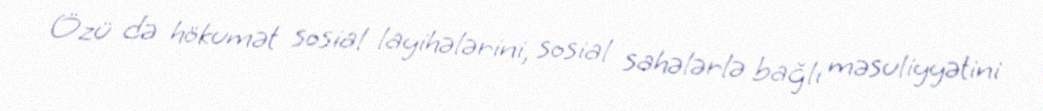
Özü də hökumət sosial layihələrini, sosial sahələrlə bağlı məsuliyyətini